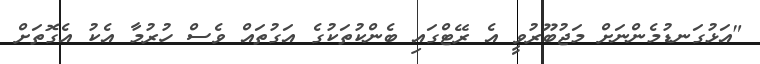
"އަޅުގަނޑުމެންނަށް މަޖުބޫރުވީ އެ ރޭޓްގައި ބެންކުތަކުގެ އަގުތައް ވެސް ހުރުމާ އެކު އެގޮތަށް